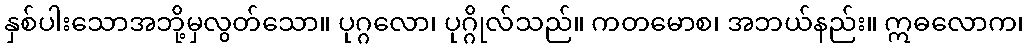
နှစ်ပါးသောအဘို့မှလွတ်သော။ ပုဂ္ဂလော၊ ပုဂ္ဂိုလ်သည်။ ကတမောစ၊ အဘယ်နည်း။ ဣဓလောက၊